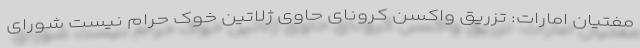
مفتیان امارات: تزریق واکسن کرونای حاوی ژلاتین خوک حرام نیست شورای